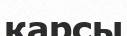
қарсы